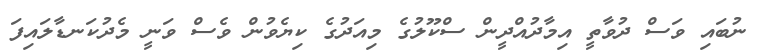
ނުބައި ވަސް ދުވާތީ އިމާދުއްދީން ސްކޫލުގެ މިއަދުގެ ކިޔެވުން ވެސް ވަނީ މެދުކަނޑާލައިފަ